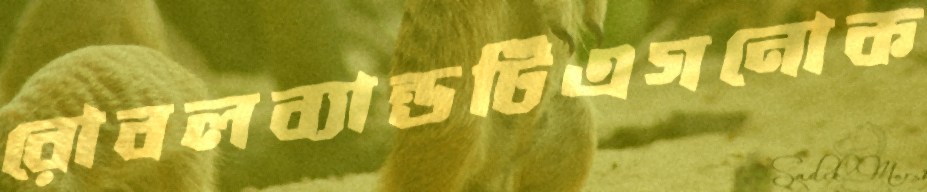
রোবলব্যান্ডটিএগনোক